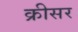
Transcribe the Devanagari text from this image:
क्रीसर